Report on sanitation, dispensaries, and jails in Rajputana for 1915, and on vaccination for the year 1915-1916 - 1915-1916
Year: 1915
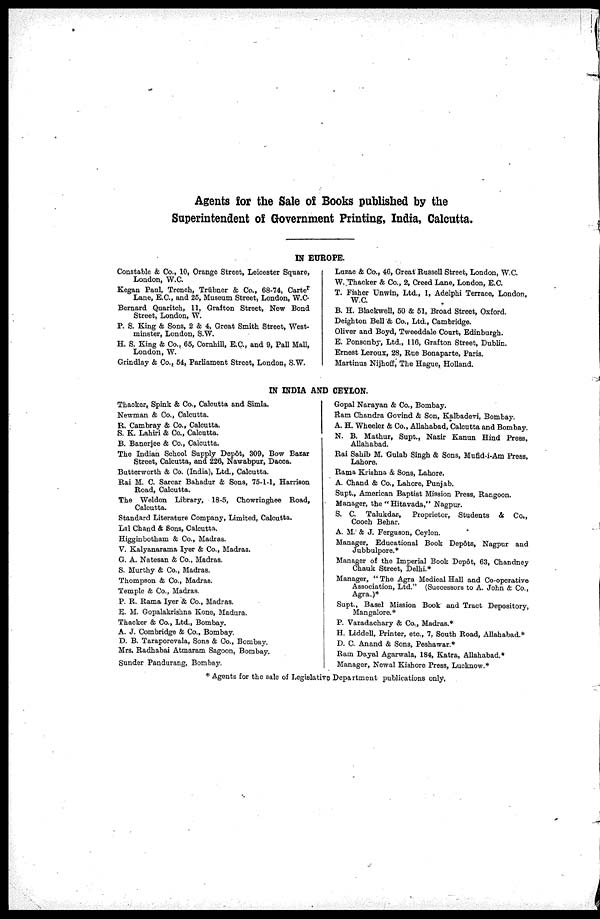
Agents for the Sale of Books published by the
Superintendent of Government Printing, India, Calcutta.
IN EUROPE.
Constable & Co., 10, Orange Street, Leicester Square,
London, W.C.
Kegan Paul, Trench, Trübner & Co., 68-74, Carter
Lane, E.C., and 25, Museum Street, London, W.C
Bernard Quaritch, 11, Grafton Street, New Bond
Street, London, W.
P. S. King & Sons, 2 & 4, Great Smith Street, West-
minster, London, S.W.
H. S. King & Co., 65, Cornhill, E.C., and 9, Pall Mall,
London, W.
Grindlay & Co., 54, Parliament Street, London, S.W.
Luzac & Co., 46, Great Russell Street, London, W.C.
W. Thacker & Co., 2, Creed Lane, London, E.C.
T. Fisher Unwin, Ltd., 1, Adelphi Terrace, London,
W.C.
B. H. Blackwell, 50 & 51, Broad Street, Oxford.
Deighton Bell & Co., Ltd., Cambridge.
Oliver and Boyd, Tweeddale Court, Edinburgh.
E. Ponsonby, Ltd., 116, Grafton Street, Dublin.
Ernest Leroux, 28, Rue Bonaparte, Paris.
Martinus Nijhoff, The Hague, Holland.
IN INDIA AND CEYLON.
Thacker, Spink & Co., Calcutta and Simla.
Newman & Co., Calcutta.
R. Cambray & Co., Calcutta.
S. K. Lahiri & Co., Calcutta.
B. Banerjee & Co., Calcutta.
The Indian School Supply Depôt, 309, Bow Bazar
Street, Calcutta, and 226, Nawabpur, Dacca.
Butterworth & Co. (India), Ltd., Calcutta.
Rai M. C. Sarcar Bahadur & Sons, 75-1-1, Harrison
Road, Calcutta.
The Weldon Library, 18-5, Chowringhee Road,
Calcutta.
Standard Literature Company, Limited, Calcutta.
Lal Chand & Sons, Calcutta.
Higginbotham & Co., Madras.
V. Kalyanarama Iyer & Co., Madras.
G. A. Natesan & Co., Madras.
S. Murthy & Co., Madras.
Thompson & Co., Madras.
Temple & Co., Madras.
P. R. Rama Iyer & Co., Madras.
E. M. Gopalakrishna Kone, Madura.
Thacker & Co., Ltd., Bombay.
A. J. Combridge & Co., Bombay.
D. B. Taraporevala, Sons & Co., Bombay.
Mrs, Radhabai Atmaram Sagoon, Bombay.
Sunder Pandurang, Bombay.
Gopal Narayan & Co., Bombay.
Ram Chandra Govind & Son, Kalbadevi, Bombay.
A. H. Wheeler & Co., Allahabad, Calcutta and Bombay.
N. B. Mathur, Supt., Nazir Kanun Hind Press,
Allahabad.
Rai Sahib M. Gulab Singh & Sons, Mufid-i-Am Press,
Lahore.
Rama Krishna & Sons, Lahore.
A. Chand & Co., Lahore, Punjab.
Supt., American Baptist Mission Press, Rangoon.
Manager, the "Hitavada," Nagpur.
S. C. Talukdar, Proprietor, Students & Co.,
Cooch Behar.
A. M. & J. Ferguson, Ceylon.
Manager, Educational Book Depôts, Nagpur and
Jubbulpore.*
Manager of the Imperial Book Depôt, 63, Chandney
Chauk Street, Delhi.*
Manager, " The Agra Medical Hall and Co-operative
Association, Ltd." (Successors to A. John & Co.,
Agra.)*
Supt., Basel Mission Book and Tract Depository,
Mangalore.*
P. Varadachary & Co., Madras.*
H. Liddell, Printer, etc., 7, South Road, Allahabad.*
D. C. Anand & Sons, Peshawar.*
Ram Dayal Agarwala, 184, Katra, Allahabad.*
Manager, Newal Kishore Press, Lucknow.*
* Agents for the sale of Legislative Department publications only,